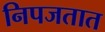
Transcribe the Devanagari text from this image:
निपजतात